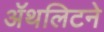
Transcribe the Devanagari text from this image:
ॲथलिटने